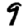
Digit: 9